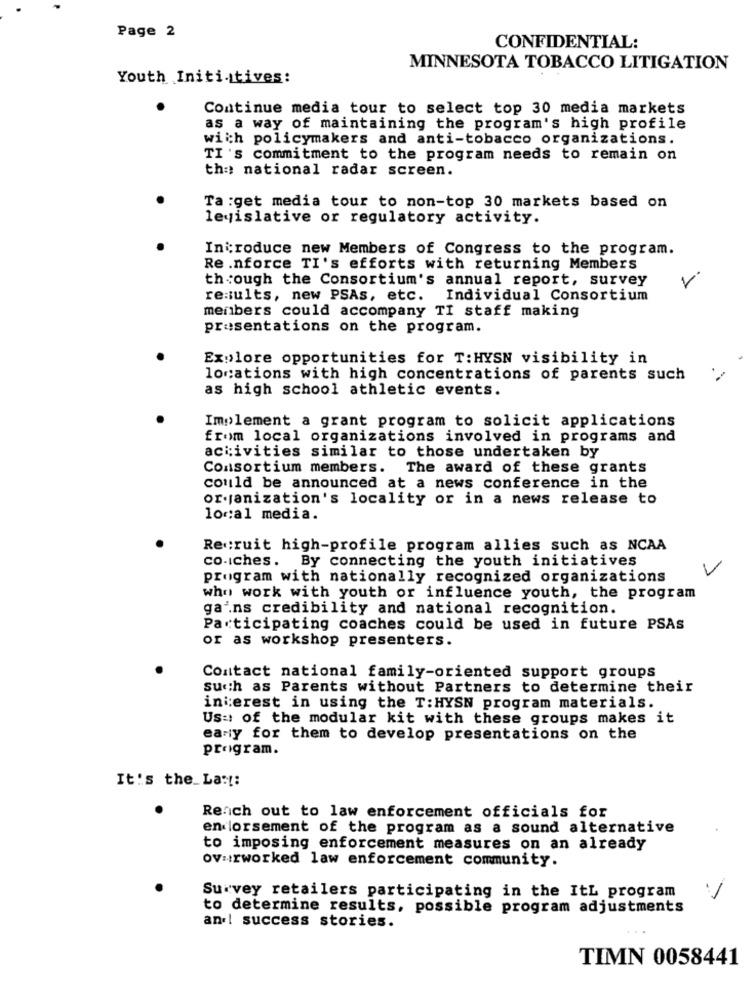
Page 2
CONFIDENTIAL:
MINNESOTA TOBACCO LITIGATION
Youth Initiatives:
Continue media tour to select top 30 media markets
as a way of maintaining the program's high profile
with policymakers and anti-tobacco organizations.
TI 's commitment to the program needs to remain on
the national radar screen.
Ta :get media tour to non-top 30 markets based on
legislative or regulatory activity.
Introduce new Members of Congress to the program.
Re .nforce TI's efforts with returning Members
through the Consortium's annual report, survey
results, new PSAs, etc. Individual Consortium
menbers could accompany TI staff making
presentations on the program.
Explore opportunities for T:HYSN visibility in
locations with high concentrations of parents such
as high school athletic events.
Implement a grant program to solicit applications
from local organizations involved in programs and
activities similar to those undertaken by
Consortium members. The award of these grants
could be announced at a news conference in the
organization's locality or in a news release to
local media.
Recruit high-profile program allies such as NCAA
co.iches. By connecting the youth initiatives
program with nationally recognized organizations
who work with youth or influence youth, the program
gains credibility and national recognition.
Participating coaches could be used in future PSAs
or as workshop presenters.
Contact national family-oriented support groups
such as Parents without Partners to determine their
interest in using the T: HYSN program materials.
Us :: of the modular kit with these groups makes it
early for them to develop presentations on the
program.
It's the Last:
Rench out to law enforcement officials for
endorsement of the program as a sound alternative
to imposing enforcement measures on an already
ovarworked law enforcement community.
Survey retailers participating in the ItL program
to determine results, possible program adjustments
an.| success stories.
TIMN 0058441